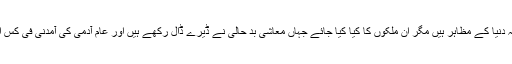
یہ سب ایک آزاد خیال ، ترقی یافتہ دنیا کے مظاہر ہیں مگر ان ملکوں کا کیا کیا جائے جہاں معاشی بد حالی نے ڈیرے ڈال رکھے ہیں اور عام آدمی کی آمدنی فی کس ایک ڈالر روزانہ سے بھی کم ہے۔